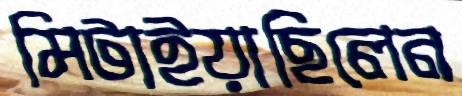
মিটাইয়াছিলেন